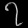
Digit: ၇